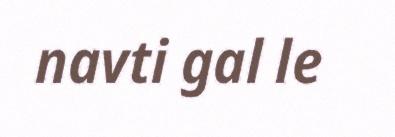
navti gal le